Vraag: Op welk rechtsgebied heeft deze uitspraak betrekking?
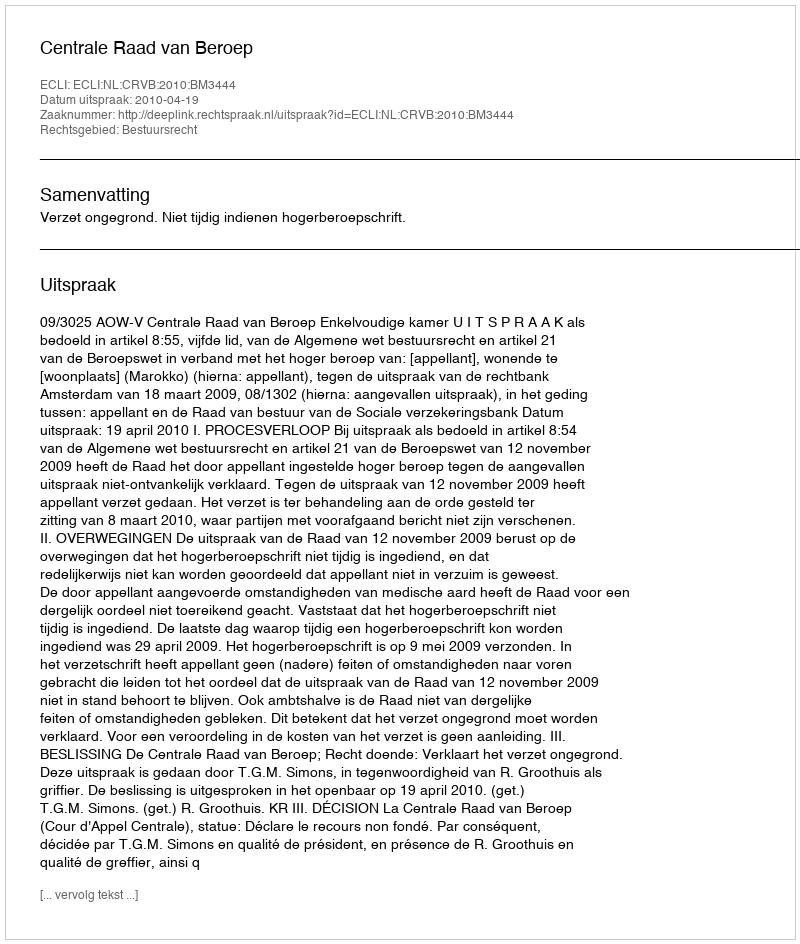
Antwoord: Bestuursrecht